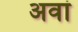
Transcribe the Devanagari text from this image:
अवां